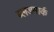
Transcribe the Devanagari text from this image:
ब्लडमार्क